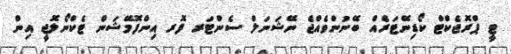
ޓީ ޕްރޮޖެކްޓް ކޯޑިނޭޓަރެއް ބޭނުންވެއްޖެ ނޭޝަނަލް ސެންޓަރ ފޮރ އިންފޮމޭޝަން ޓެކްނޯލޮޖީ އިން